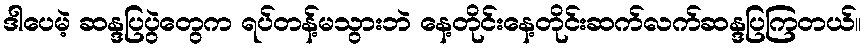
ဒါပေမဲ့ ဆန္ဒပြပွဲတွေက ရပ်တန့်မသွားဘဲ နေ့တိုင်းနေ့တိုင်းဆက်လက်ဆန္ဒပြကြတယ်။